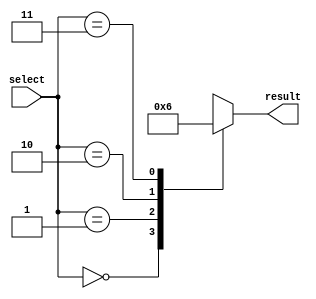
module full_case_statement (
    input wire [1:0] select,
    output wire result
);

reg [3:0] output_range;

always @* begin
    case (select)
        2'b00: output_range = 4'b0000;    
        2'b01: output_range = 4'b1111;
        2'b10: output_range = 4'b0101;
        2'b11: output_range = 4'b1010;
        default: output_range = 4'bxxxx;    // default case
    endcase
end

assign result = output_range;

endmodule